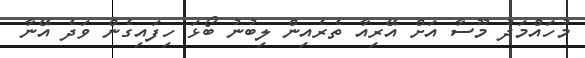
މުހައްމަދު މޫސާ އަށް އޭރިއާ ތެރެއިން ލިބުނު ބޯޅަ ހިފައިގެން ވަދެ އޭނާ